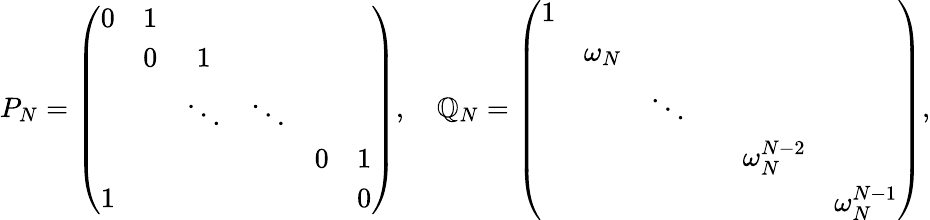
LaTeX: P_{N}=\left(\begin{array}{cccccc}{{0}}&{{1}}&{{}}&{{}}&{{}}&{{}}\\ {{}}&{{0}}&{{1}}&{{}}&{{}}&{{}}\\ {{}}&{{}}&{{\ddots}}&{{\ddots}}&{{}}&{{}}\\ {{}}&{{}}&{{}}&{{}}&{{0}}&{{1}}\\ {{1}}&{{}}&{{}}&{{}}&{{}}&{{0}}\end{array}\right),\quad\mathbb{Q}_{N}=\left(\begin{array}{cccccc}{{1}}&{{}}&{{}}&{{}}&{{}}&{{}}\\ {{}}&{{\omega_{N}}}&{{}}&{{}}&{{}}&{{}}\\ {{}}&{{}}&{{\ddots}}&{{}}&{{}}&{{}}\\ {{}}&{{}}&{{}}&{{}}&{{\omega_{N}^{N-2}}}&{{}}\\ {{}}&{{}}&{{}}&{{}}&{{}}&{{\omega_{N}^{N-1}}}\end{array}\right),